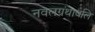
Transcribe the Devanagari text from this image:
नवलग्रंथावलि